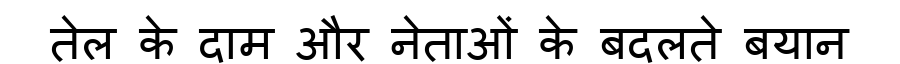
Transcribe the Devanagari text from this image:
तेल के दाम और नेताओं के बदलते बयान